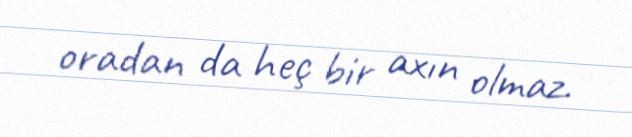
oradan da heç bir axın olmaz.